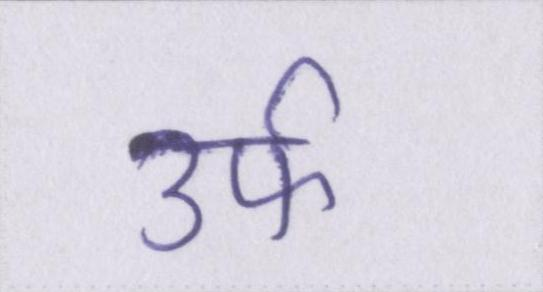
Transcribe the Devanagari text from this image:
उर्फ